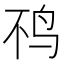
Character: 𫛜